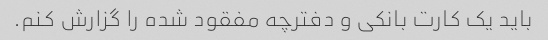
باید یک کارت بانکی و دفترچه مفقود شده را گزارش کنم.